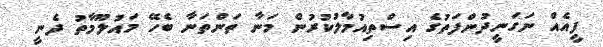
ފީއެއް ނަގަނީދުންފަތުގެ އިސްތިއުމާލުކުރުން މަނާ ތަންތަނާ ބެހޭ މައުލޫމާތު ދެނީ